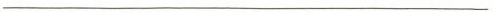
___